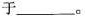
于___。